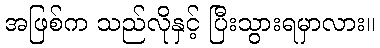
အဖြစ်က သည်လိုနှင့် ပြီးသွားရမှာလား။